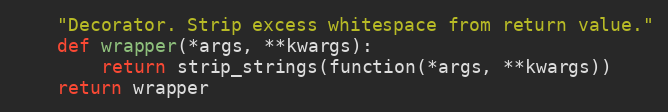
Language: Python
    "Decorator. Strip excess whitespace from return value."
    def wrapper(*args, **kwargs):
        return strip_strings(function(*args, **kwargs))
    return wrapper